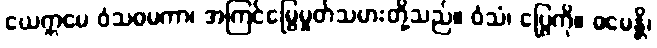
ယေဣမေ ဝံသဓမကာ၊ အကြင်မြွေမှုတ်သမားတို့သည်။ ဝံသံ၊ ပြွေကို။ ဓမေန္တိ၊